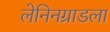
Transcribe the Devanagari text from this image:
लेनिनग्राडला